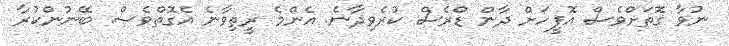
ނުވާ ގޮތަށްވެސް އޮފީހަަށް ދާން ޑްރެސް ކުރެވިދާނެ. އެންމެ ރީތިވާނެ އެގޮތްވެސް. ބޭނުންކުރާ